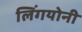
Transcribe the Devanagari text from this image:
लिंगयोनी